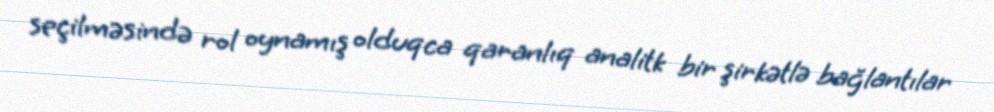
seçilməsində rol oynamış olduqca qaranlıq analitk bir şirkətlə bağlantılar